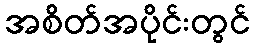
အစိတ်အပိုင်းတွင်